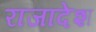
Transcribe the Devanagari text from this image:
राजादेश